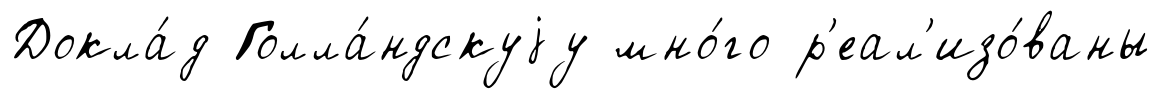
Докла́д Голла́ндскуjу мно́го р'еал'изо́ваны